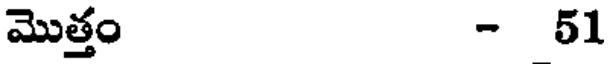
మొత్తం - 51